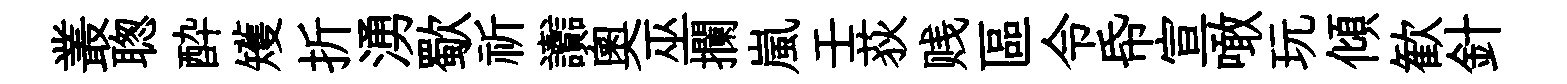
叢聦酔矱折湧歜祈讟奥巫攔嵐壬荻贱區令帋宣噉玩傾歓針